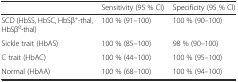
<table><thead><tr><td>[EMPTY_CELL]</td><td><b>Sensitivity (95 % CI)</b></td><td><b>Specificity (95 % Cl)</b></td></tr></thead><tbody><tr><td>SCD (HbSS, HbSC, HbSβ<sup>+</sup>-thal, HbSβ<sup>0</sup>-thal)</td><td>100 % (91–100)</td><td>100 % (90–100)</td></tr><tr><td>Sickle trait (HbAS)</td><td>100 % (85–100)</td><td>98 % (90–100)</td></tr><tr><td>C trait (HbAC)</td><td>100 % (44–100)</td><td>100 % (95–100)</td></tr><tr><td>Normal (HbAA)</td><td>100 % (68–100)</td><td>100 % (94–100)</td></tr></tbody></table>